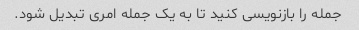
جمله را بازنویسی کنید تا به یک جمله امری تبدیل شود.